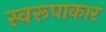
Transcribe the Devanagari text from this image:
स्वरूपाकार